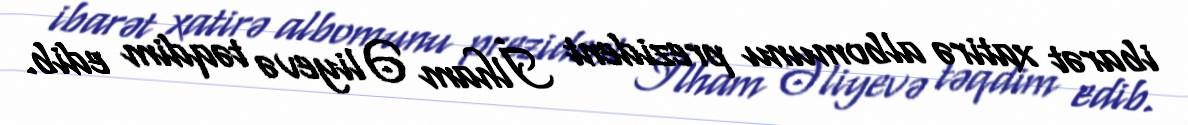
ibarət xatirə albomunu prezident İlham Əliyevə təqdim edib.